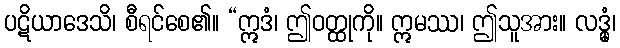
ပဋိယာဒေသိ၊ စီရင်စေ၏။ “ဣဒံ၊ ဤဝတ္ထုကို။ ဣမဿ၊ ဤသူအား။ လဒ္ဓုံ၊